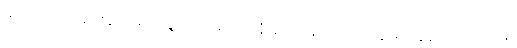
မာရိသာ၊ အချင်းနတ်များတို့။ သင်္ဂါမဂတာနံ၊ စစ်မြေအရပ်သို့သွားကုန်သော။ ဒေဝါနံ၊